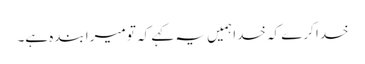
خدا کرے کہ خدا ہمیں یہ کہے کہ تو میرا بندہ ہے۔